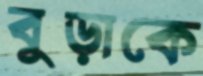
বুড়াকে